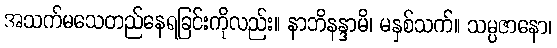
အသက်မသေတည်နေရခြင်းကိုလည်း။ နာဘိနန္ဒာမိ၊ မနှစ်သက်။ သမ္ပဇာနော၊